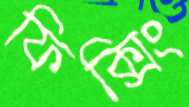
ফিক্সিং